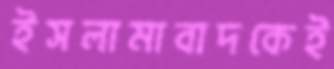
ইসলামাবাদকেই